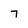
Character: 7